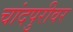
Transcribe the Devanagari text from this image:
चांदपुरीवर